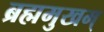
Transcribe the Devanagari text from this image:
ब्रह्ममुखम्